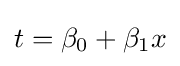
t=\beta _{0}+\beta _{1}x